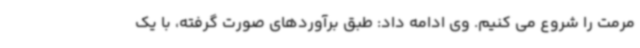
مرمت را شروع می کنیم. وی ادامه داد: طبق برآوردهای صورت گرفته، با یک